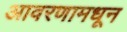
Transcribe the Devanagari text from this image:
आवरणामधून